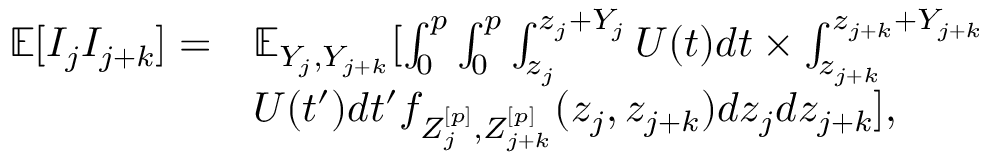
\begin{array} { r l } { \mathbb { E } [ I _ { j } I _ { j + k } ] = } & { \mathbb { E } _ { Y _ { j } , Y _ { j + k } } [ \int _ { 0 } ^ { p } \int _ { 0 } ^ { p } \int _ { z _ { j } } ^ { z _ { j } + Y _ { j } } U ( t ) d t \times \int _ { z _ { j + k } } ^ { z _ { j + k } + Y _ { j + k } } } \\ & { U ( t ^ { \prime } ) d t ^ { \prime } f _ { Z _ { j } ^ { [ p ] } , Z _ { j + k } ^ { [ p ] } } ( z _ { j } , z _ { j + k } ) d z _ { j } d z _ { j + k } ] , } \end{array}